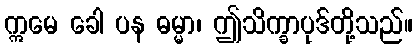
ဣမေ ခေါ ပန ဓမ္မာ၊ ဤသိက္ခာပုဒ်တို့သည်။